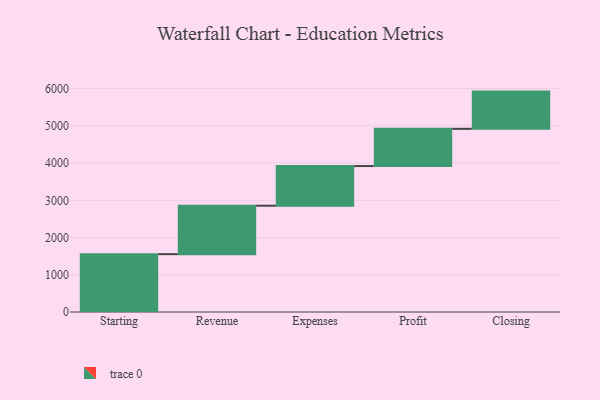
{"axis": {"x": "Step", "y": "Value"}, "legend": [""], "data": [{"x": "Starting", "y": 1554.0, "type": ""}, {"x": "Revenue", "y": 1301.0, "type": ""}, {"x": "Expenses", "y": 1065.0, "type": ""}, {"x": "Profit", "y": 1000, "type": ""}, {"x": "Closing", "y": 1000, "type": ""}]}